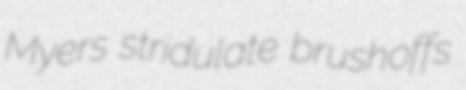
Myers stridulate brushoffs